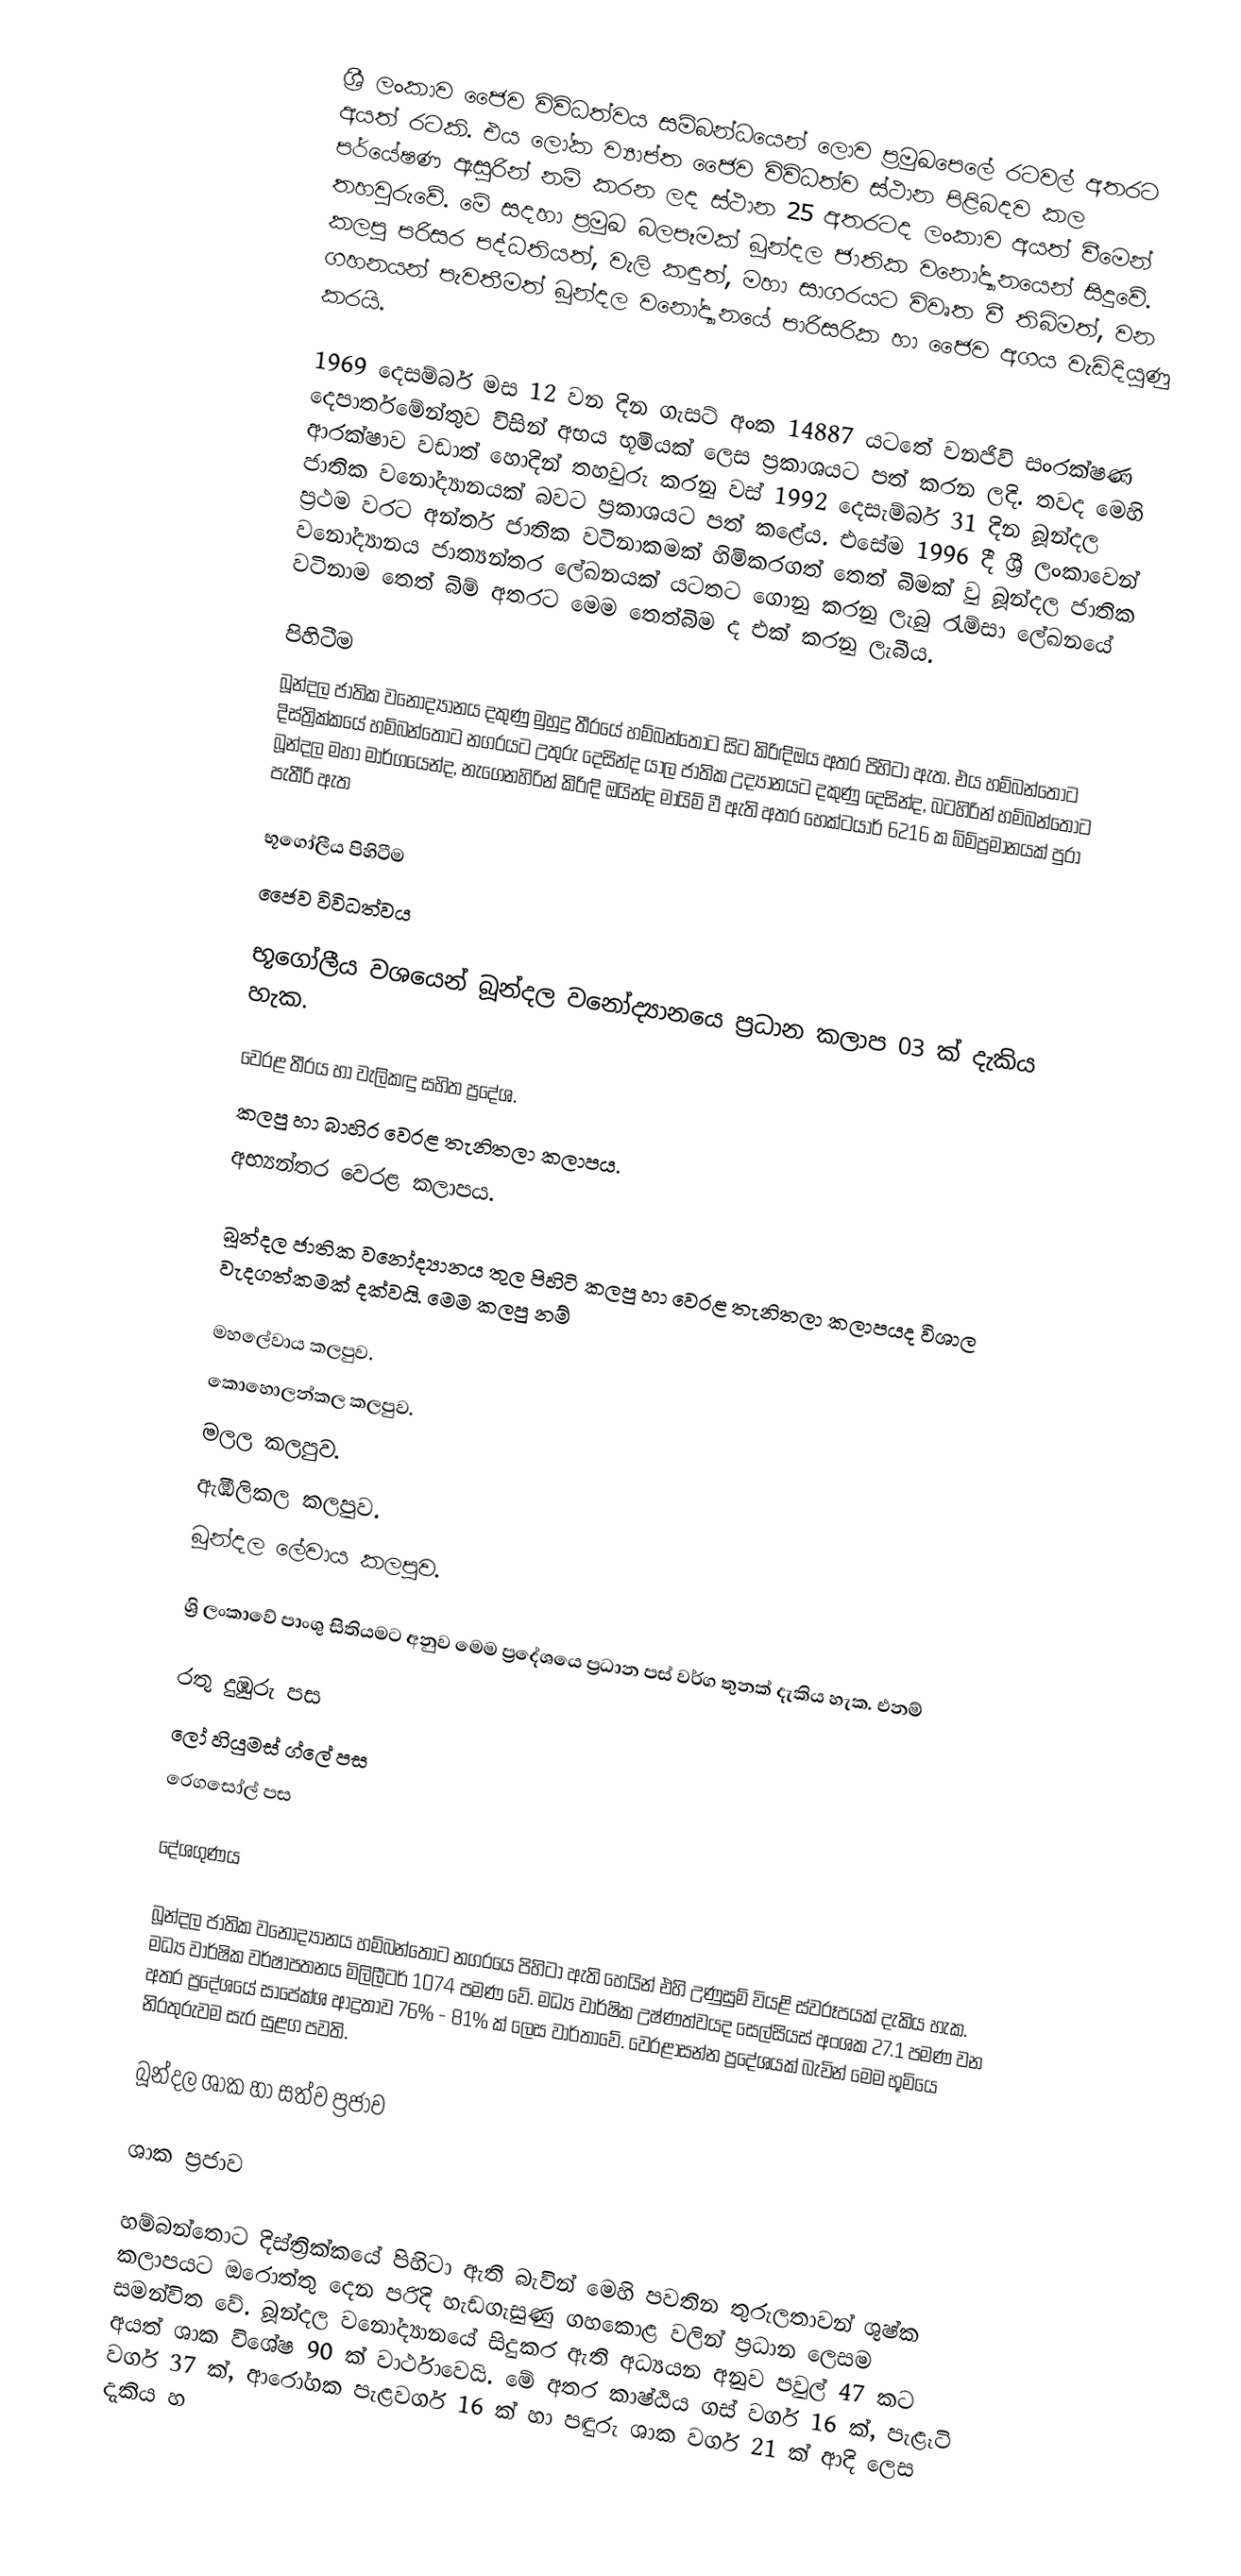
ශ්‍රී ලංකාව ජෛව විවිධත්වය සම්බන්ධයෙන් ලොව ප්‍රමුඛපෙ‍ලේ රටවල් අතරට අයත් රටකි. එය ලෝක ව්‍යාප්ත ජෛව විවිධත්ව ස්ථාන පිළිබදව කල පර්යේෂණ ඇසුරින් නම් කරන ලද ස්ථාන 25 අතරටද ලංකාව අයත් වීමෙන් තහවුරුවේ. මේ සදහා ප්‍රමුඛ බලපෑමක් බූන්දල ජාතික වනෝද්‍යානයෙන් සිදු‍වේ. කලපු පරිසර පද්ධතියත්, වැලි කඳුත්, මහා සාගරයට විවෘත වී තිබිමත්, වන ගහනයන් පැවතීමත් බූන්දල වනෝද්‍යානයේ පාරිසරික හා ජෛව අගය වැඩිදියුණු කරයි.

		1969 දෙසම්බර් මස 12 වන දින ගැසට් අංක 14887 යටතේ වනජිවි සංරක්ෂණ දෙපාර්තමේන්තුව විසින් අභය භූමියක් ලෙස ප්‍රකාශයට පත් කරන ලදි. තවද මෙහි ආරක්ෂාව වඩාත් හොදින් තහවුරු කරනු වස් 1992 දෙසැම්බර් 31 දින බූන්දල ජාතික වනෝද්‍යානයක් බවට ප්‍රකාශයට පත් කළේය. එසේම 1996 දී ශ්‍රී ලංකාවෙන් ප්‍රථම වරට අන්තර් ජාතික වටිනාකමක් හිමිකරගත් තෙත් බිමක් වු බූන්දල ජාතික වනෝද්‍යානය ජාත්‍යන්තර ලේඛනයක් යටතට ගොනු කරනු ලැබු රැම්සා ලේඛනයේ වටිනාම තෙත් බිම් අතරට මෙම තෙත්බිම ද එක් කරනු ලැබීය.

පිහිටීම
බූන්දල ජාතික වනෝද්‍යානය දකුණු මුහුදු තීරයේ හම්බන්තොට සිට කිරිඳිඔය අතර පිහිටා ඇත. එය හම්බන්තොට දිස්ත්‍රික්කයේ හම්බන්තොට නගරයට උතුරු දෙසින්ද යාල ජාතික උද්‍යානයට දකුණු දෙසින්ද, බටහිරින් හම්බන්තොට බූන්දල මහා මාර්ගයෙන්ද, නැගෙනහිරින් කිරිඳි ඔයින්ද මායිම් වී ඇති අතර හෙක්ටයාර් 6216 ක බිම්ප්‍රමානයක් පුරා පැතීරි ඇත

භූගෝලීය පිහිටීම
ජෛව විවිධත්වය

භූගෝලීය වශයෙන් බූන්දල වනෝද්‍යානයෙ ප්‍රධාන කලාප 03 ක් දැකිය හැක.

 වෙරළ තීරය හා වැලිකඳු සහිත ප්‍රදේශ.
 කලපු හා බාහිර වෙරළ තැනිතලා කලාපය.
 අභ්‍යන්තර වෙරළ කලාපය.

බූන්දල ජාතික වනෝද්‍යානය තුල පිහිටි කලපු හා වෙරළ තැනිතලා කලාපයද විශාල වැදගත්කමක් දක්වයි. මෙම කලපු නම්

 මහලේවාය කලපුව.
 කොහොලන්කල කලපුව.
 මලල කලපුව.
 ඇඹිලිකල කලපුව.
 බූන්දල ලේවාය කලපුව.

ශ්‍රි ලංකාවේ පාංශු සිතියමට අනුව මෙම ප්‍රදේශයෙ ප්‍රධාන පස් වර්ග තුනක් දැකිය හැක. එනම්

 රතු දුඹුරු පස
 ලෝ හියුමස් ග්ලේ පස
 රෙගසෝල් පස

දේශගුණය

		බූන්දල ජාතික වනෝද්‍යානය හම්බන්තොට නගරයෙ පිහිටා ඇති හෙයින් එහි උණුසුම් වියළි ස්වරූපයක් දැකිය හැක. මධ්‍ය වාර්ෂික වර්ෂාපතනය මිලිලීටර් 1074 පමණ වේ. මධ්‍ය වාර්ෂික උෂ්ණත්වයද සෙල්සියස් අංශක 27.1 පමණ වන අතර ප්‍රදේශයේ සාපේක්ශ ආද්‍රතාව 76% - 81% ක් ලෙස වාර්තාවේ. වෙරළාසන්න ප්‍රදේශයක් බැවින් මෙම භූමි‍යෙ නිරතුරුවම සැර සුළග පවති.

බූන්දල ශාක හා සත්ව ප්‍රජාව

ශාක ප්‍රජාව

හම්බන්තොට දිස්ත්‍රික්කයේ පිහිටා ඇති බැවින් මෙහි පවතින තුරුලතාවන් ශුෂ්ක කලාපයට ඔරොත්තු දෙන පරිදි හැඩගැසුණු ගහකොළ වලින් ප්‍රධාන ලෙසම සමන්විත වේ. බූන්දල වනෝද්‍යානයේ සිදුකර ඇති අධ්‍යයන අනුව පවුල් 47 කට අයත් ශාක විශේෂ 90 ක් වාර්ථාවෙයි. මේ අතර කාෂ්ඨිය ගස් වර්ග 16 ක්, පැළෑටි වර්ග 37 ක්, ආරෝගක පැළවර්ග 16 ක් හා පඳුරු ශාක වර්ග 21 ක් ආදි ලෙස දැකිය හ